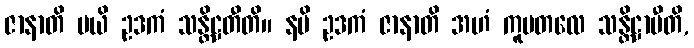
ဇာနာတိ မယိ ဥဒကံ သန္တိဋ္ဌတီတိ။ နပိ ဥဒကံ ဇာနာတိ အဟံ ကူပတလေ သန္တိဋ္ဌာမီတိ,